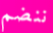
ننضم